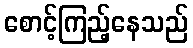
စောင့်ကြည့်နေသည်